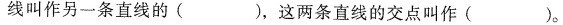
叫作另一条直线的()，这两条直线的交点叫作()